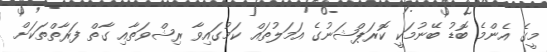
މީގެ އެންމެ ބޮޑު ބޭނުމަކީ ކޮރަޕްޝަނުގެ އަމަލުތައް ކަމުގައިވާ ރިޝްވަތާއި ގާތް ފަރާތްތަކަށް